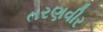
તરણવીર